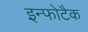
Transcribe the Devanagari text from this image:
इन्फोटैक